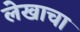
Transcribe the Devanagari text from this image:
लेेखाचा